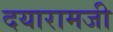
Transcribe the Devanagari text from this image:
दयारामजी